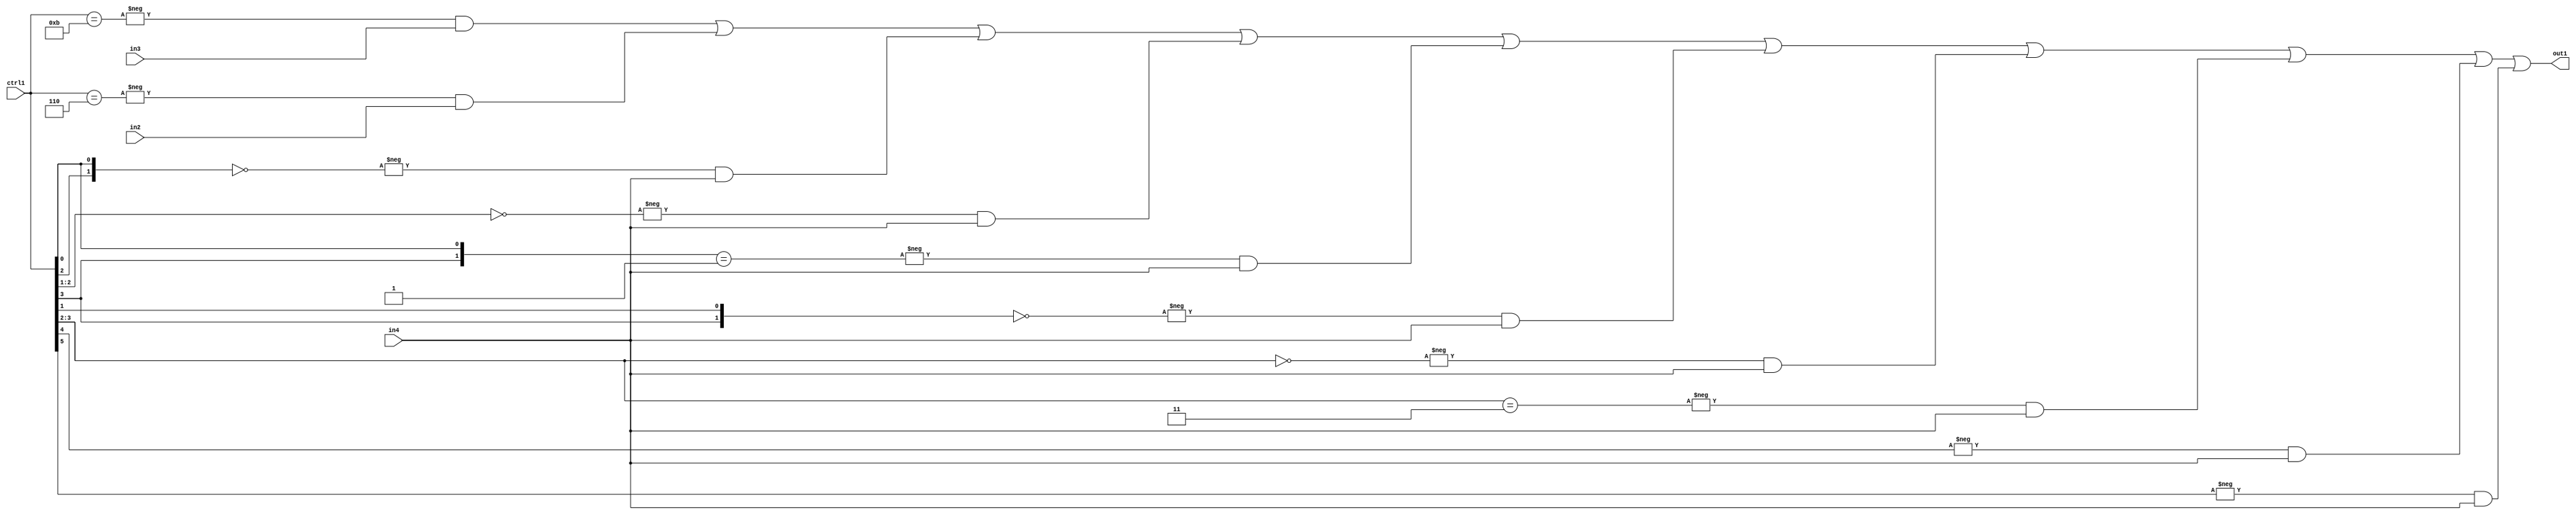
`timescale 1ps / 1ps
/*****************************************************************************
    Verilog RTL Description
    
    
    Created by: Stratus DpOpt 21.05.01 
*******************************************************************************/

module SobelFilter_N_Mux_32_3_102_1 (
	in4,
	in3,
	in2,
	ctrl1,
	out1
	); /* architecture "behavioural" */ 
input [31:0] in4;
input [8:0] in3,
	in2;
input [5:0] ctrl1;
output [31:0] out1;
wire [31:0] asc001;

assign asc001 = 
	-{ctrl1 == 6'B001011} & in3 |
	-{ctrl1 == 6'B000110} & in2 |
	-{{ctrl1[2], ctrl1[0]} == 2'B00} & in4 |
	-{ctrl1[2:1] == 2'B00} & in4 |
	-{{ctrl1[3], ctrl1[0]} == 2'B01} & in4 |
	-{{ctrl1[3], ctrl1[1]} == 2'B00} & in4 |
	-{ctrl1[3:2] == 2'B00} & in4 |
	-{ctrl1[3:2] == 2'B11} & in4 |
	-{ctrl1[4] == 1'B1} & in4 |
	-{ctrl1[5] == 1'B1} & in4 ;

assign out1 = asc001;
endmodule

/* CADENCE  vrf2Qgg= : u9/ySxbfrwZIxEzHVQQV8Q== ** DO NOT EDIT THIS LINE ******/